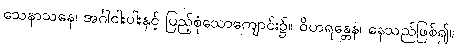
သေနာသနေ၊ အင်္ဂါငါးပါးနှင့် ပြည့်စုံသောကျောင်း၌။ ဝိဟရန္တေန၊ နေသည်ဖြစ်၍။